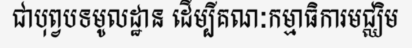
ជាបុព្វបទមូលដ្ឋាន ដើម្បីគណៈកម្មាធិការមជ្ឈិម